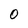
Character: 0